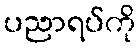
ပညာရပ်ကို